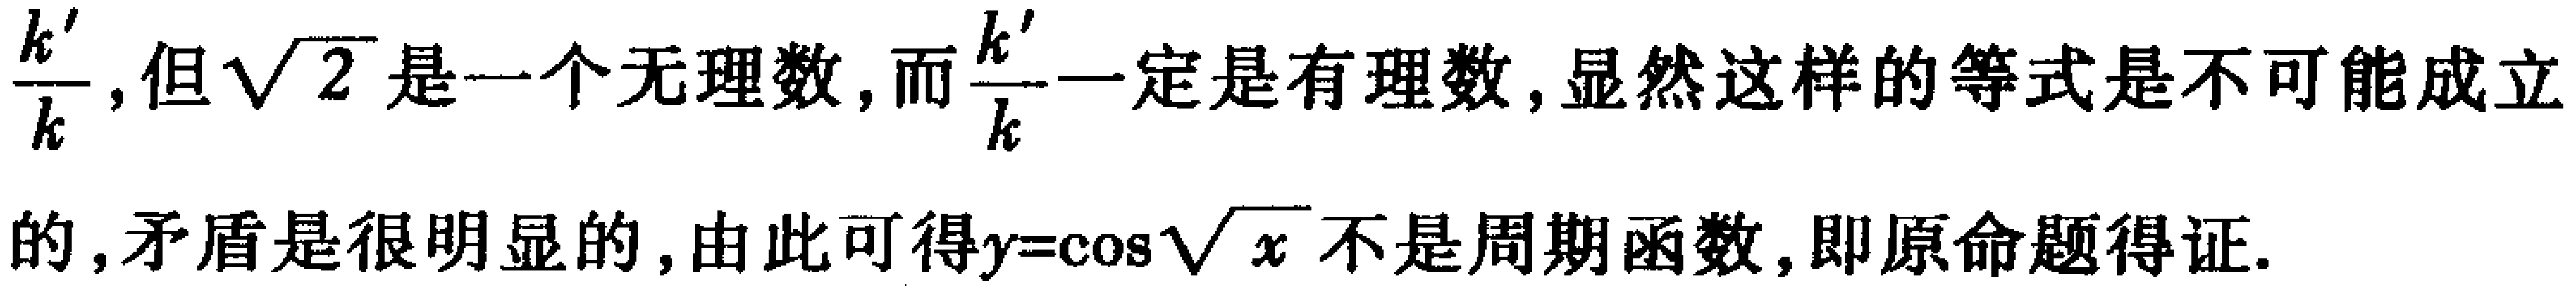
$\frac{k'}{k}$,但$\sqrt{2}$是一个无理数,而$\frac{k'}{k}$一定是有理数,显然这样的等式是不可能成立的,矛盾是很明显的,由此可得$y = \cos\sqrt{x}$不是周期函数,即原命题得证.